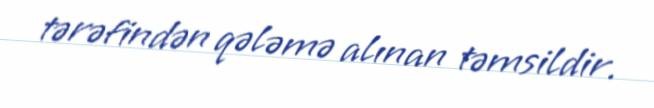
tərəfindən qələmə alınan təmsildir.